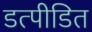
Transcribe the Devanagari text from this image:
डत्पीडित